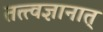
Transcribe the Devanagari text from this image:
तत्त्वज्ञानात्